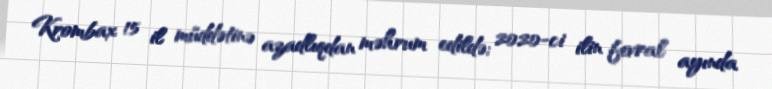
Krombax 15 il müddətinə azadlıqdan məhrum edildə; 2020-ci ilin fevral ayında